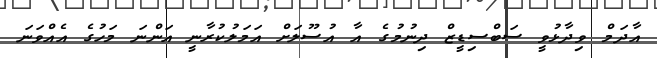
އާދަމް ވިދާޅުވީ ސަބްސިޑީޒް ދިނުމުގެ އާ އުސޫލަށް އަމަލުކުރާނީ އަންނަ މަހުގެ އެއްވަނަ